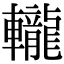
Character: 𨏠